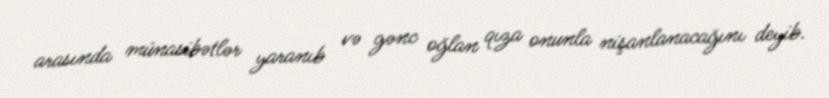
arasında münasibətlər yaranıb və gənc oğlan qıza onunla nişanlanacağını deyib.